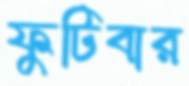
ফুটিবার